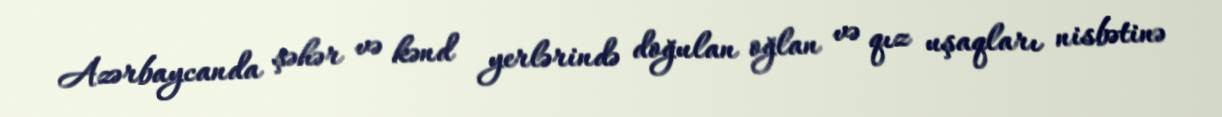
Azərbaycanda şəhər və kənd yerlərində doğulan oğlan və qız uşaqları nisbətinə